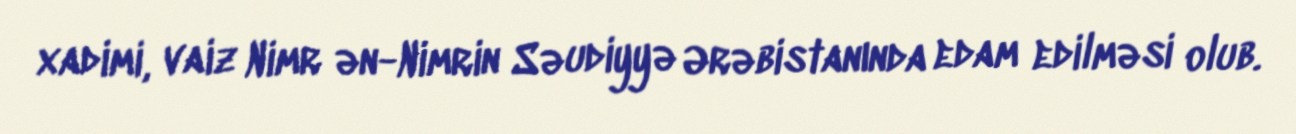
xadimi, vaiz Nimr ən-Nimrin Səudiyyə Ərəbistanında edam edilməsi olub.